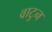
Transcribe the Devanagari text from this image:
वाटुन